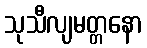
သုသီလျမတ္တနော